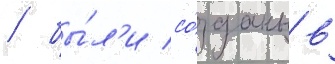
/ бы́л'и со́зданы в